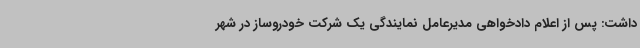
داشت: پس از اعلام دادخواهی مدیرعامل نمایندگی یک شرکت خودروساز در شهر